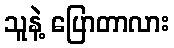
သူနဲ့ ပြောတာလား